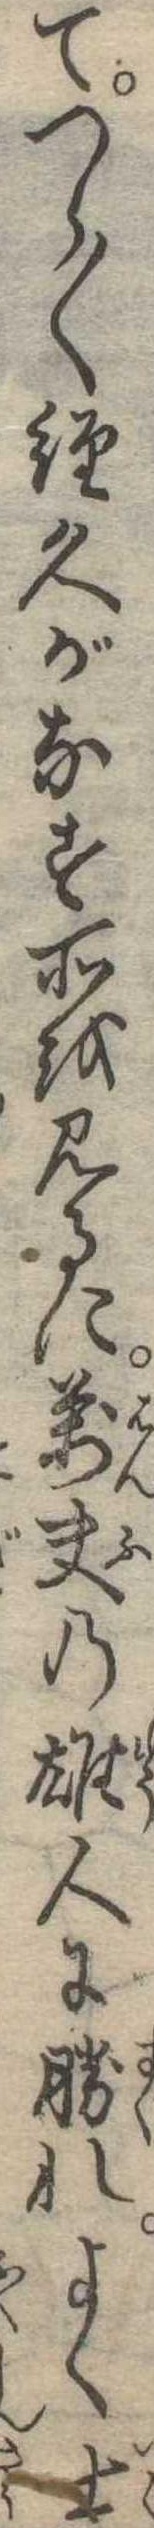
てつら〱経久がなす所を見るに万夫の雄人に勝れよく士